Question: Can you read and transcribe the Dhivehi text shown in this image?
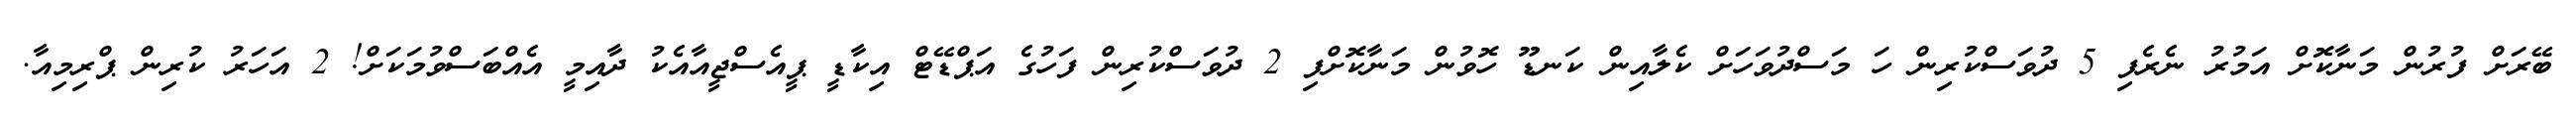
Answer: ބޭރަށް ފުރުން މަނާކޮށް އަމުރު ނެރެފި 5 ދުވަސްކުރިން ހަ މަސްދުވަހަށް ކެލާއިން ކަނޑޫ ހޮވުން މަނާކޮށްފި 2 ދުވަސްކުރިން ފަހުގެ އަޕްޑޭޓް އިކާޑީ ޕީއެސްޖީއާއެކު ދާއިމީ އެއްބަސްވުމަކަށް! 2 އަހަރު ކުރިން ޕްރިމިއާ.